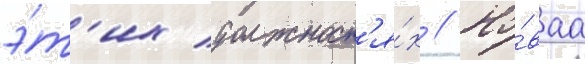
э́т'их должност'я́х // Но́ваа